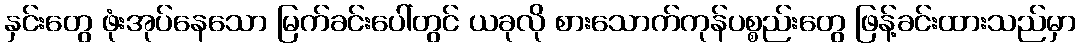
နှင်းတွေ ဖုံးအုပ်နေသော မြက်ခင်းပေါ်တွင် ယခုလို စားသောက်ကုန်ပစ္စည်းတွေ ဖြန့်ခင်းထားသည်မှာ